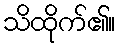
သိထိုက်၏။